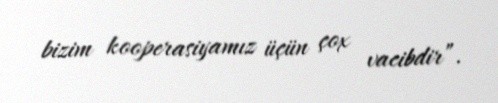
bizim kooperasiyamız üçün çox vacibdir”.